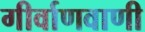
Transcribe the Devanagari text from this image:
गीर्वाणवाणी